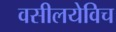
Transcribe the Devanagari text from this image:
वसीलयेविच